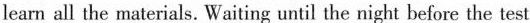
learn all the materials. Waiting until the night before the test